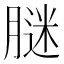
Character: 𦟂